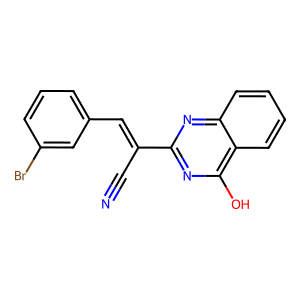
SMILES: N#CC(=Cc1cccc(Br)c1)c1nc(O)c2ccccc2n1
Inhibits HIV replication: No